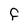
Character: f